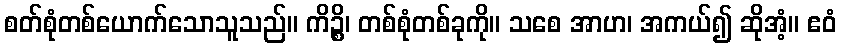
စတ်စုံတစ်ယောက်သောသူသည်။ ကိဉ္စိ၊ တစ်စုံတစ်ခုကို။ သစေ အာဟ၊ အကယ်၍ ဆိုအံ့။ ဧဝံ